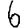
Digit: 6